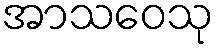
အာသဝေသု